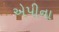
એપીના